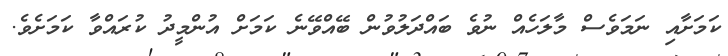
ކަމަށާއި ނަމަވެސް މާލަހެއް ނުވެ ބައްދަލުވުން ބޭއްވޭނެ ކަަމަށް އުންމީދު ކުރައްވާ ކަމަށެވެ.